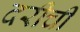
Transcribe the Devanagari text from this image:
दरीची